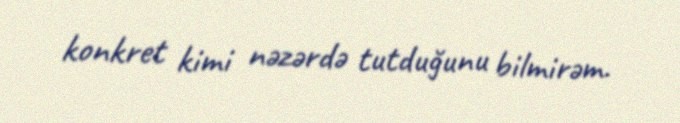
konkret kimi nəzərdə tutduğunu bilmirəm.